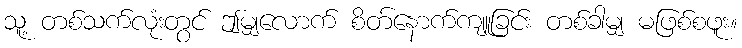
သူ့ တစ်သက်လုံးတွင် ဤမျှလောက် စိတ်နောက်ကျူခြင်း တစ်ခါမျှ မဖြစ်စဖူး။